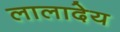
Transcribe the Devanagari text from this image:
लालादेय